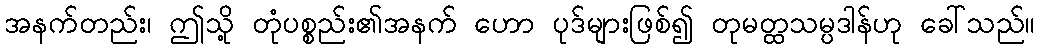
အနက်တည်း၊ ဤသို့ တုံပစ္စည်း၏အနက် ဟော ပုဒ်များဖြစ်၍ တုမတ္ထသမ္ပဒါန်ဟု ခေါ်သည်။